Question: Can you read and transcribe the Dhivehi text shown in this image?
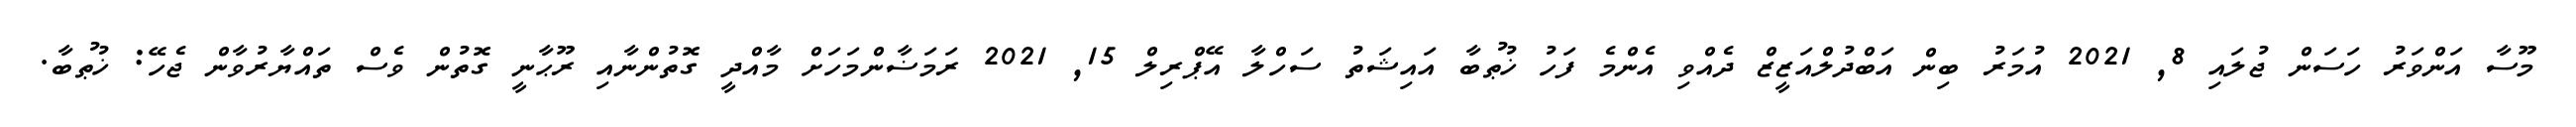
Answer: މޫސާ އަންވަރު ހަސަން ޖުލައި 8, 2021 އުމަރު ބިން އަބްދުލްއަޒީޒް ދެއްވި އެންމެ ފަހު ޚުޠުބާ އައިޝަތު ސަހްލާ އޭޕްރިލް 15, 2021 ރަމަޟާންމަހަށް މާއްދީ ގޮތުންނާއި ރޫޙާނީ ގޮތުން ވެސް ތައްޔާރުވާން ޖެހޭ: ޚުޠުބާ.